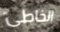
الخاطئ